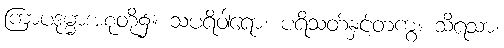
ကြာပဒုမ္မာအစုံတို့၌။ သပရိဝါရော၊ ပရိသတ်နှင့်တကွ။ သိရသာ၊